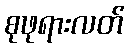
စုဖုရားလတ်